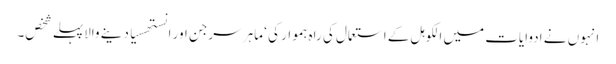
انہوں نے ادوایات میں الکوہل کے استعمال کی راہ ہموار کی ‘ ماہر سرجن اور انستھسیا دینے والاپہلے شخص۔